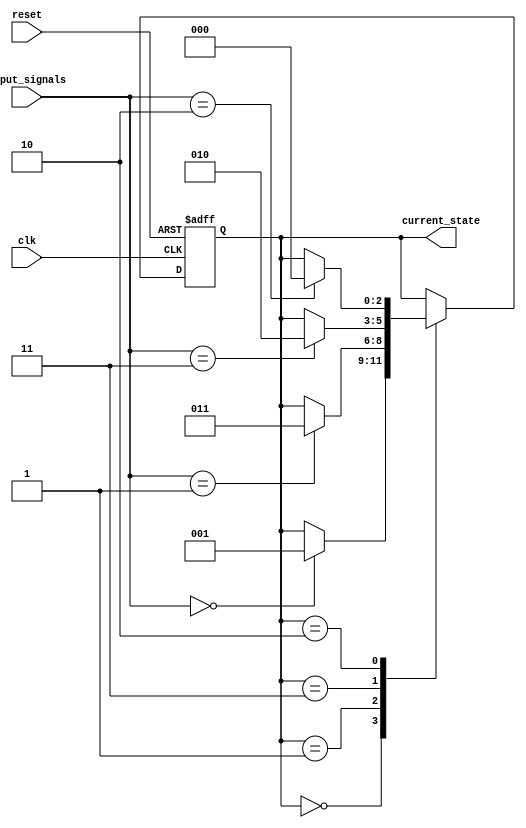
module GrayCodeStateMachine (
    input wire clk,
    input wire reset,
    input wire [N-1:0] input_signals,
    output reg [N-1:0] current_state
);

parameter N = 3; // Define the number of bits for state encoding

// Define state encoding using Gray Code
parameter [N-1:0] STATE_0 = 3'b000;
parameter [N-1:0] STATE_1 = 3'b001;
parameter [N-1:0] STATE_2 = 3'b011;
parameter [N-1:0] STATE_3 = 3'b010;

// Define state transition logic based on input signals and current state
always @(posedge clk or posedge reset) begin
    if (reset) begin
        current_state <= STATE_0;
    end else begin
        case(current_state)
            STATE_0: begin
                if (input_signals == 3'b000) begin
                    current_state <= STATE_1;
                end
            end
            STATE_1: begin
                if (input_signals == 3'b001) begin
                    current_state <= STATE_2;
                end
            end
            STATE_2: begin
                if (input_signals == 3'b011) begin
                    current_state <= STATE_3;
                end
            end
            STATE_3: begin
                if (input_signals == 3'b010) begin
                    current_state <= STATE_0;
                end
            end
        endcase
    end
end

endmodule